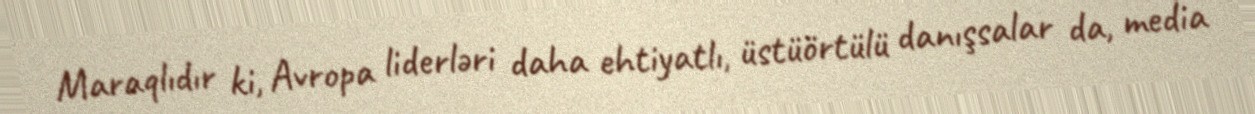
Maraqlıdır ki, Avropa liderləri daha ehtiyatlı, üstüörtülü danışsalar da, media